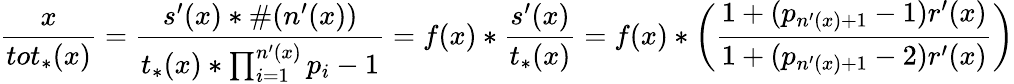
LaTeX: \frac{x}{tot_{*}(x)}=\frac{s^{\prime}(x)*\# (n^{\prime}(x))}{t_{*}(x)*\prod_{i=1}^{n^{\prime}(x)}p_{i}-1}=f(x)*\frac{s^{\prime}(x)}{t_{*}(x)}=f(x)*\left(\frac{1+(p_{n^{\prime}(x)+1}-1)r^{\prime}(x)}{1+(p_{n^{\prime}(x)+1}-2)r^{\prime}(x)}\right)